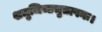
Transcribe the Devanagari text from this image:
शत्रुजिच्छत्रुतापनः।